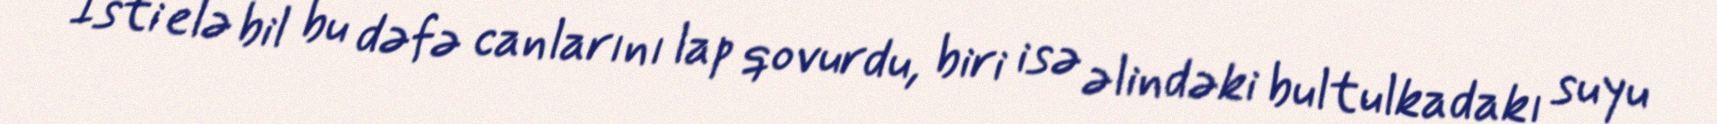
İsti elə bil bu dəfə canlarını lap qovurdu, biri isə əlindəki bultulkadakı suyu